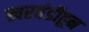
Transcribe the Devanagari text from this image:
खरवंडीहून